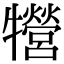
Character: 㹚